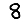
Digit: 8